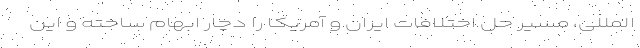
المللی، مسیر حل اختلافات ایران و آمریکا را دچار ابهام ساخته و این